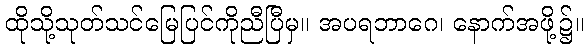
ထိုသို့သုတ်သင်မြေပြင်ကိုညီပြီမှ။ အပရဘာဂေ၊ နောက်အဖို့၌။